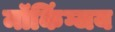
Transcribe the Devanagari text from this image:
मॉकिंग्जय